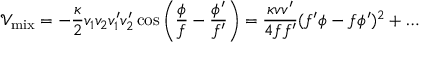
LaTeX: \mathcal { V } _ { \mathrm { m i x } } = - \frac { \kappa } { 2 } v _ { 1 } v _ { 2 } v _ { 1 } ^ { \prime } v _ { 2 } ^ { \prime } \cos \left( \frac { \phi } { f } - \frac { \phi ^ { \prime } } { f ^ { \prime } } \right) = \frac { \kappa v v ^ { \prime } } { 4 f f ^ { \prime } } ( f ^ { \prime } \phi - f \phi ^ { \prime } ) ^ { 2 } + \dots